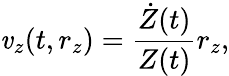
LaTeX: \mathit{v}_{z}(t,r_{z})=\frac{{\dot{{Z}}(t)}}{{Z(t)}}r_{z},